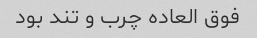
فوق العاده چرب و تند بود